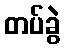
တပ်ခွဲ